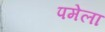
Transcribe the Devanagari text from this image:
पमेला